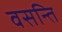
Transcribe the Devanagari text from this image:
वसन्ति